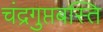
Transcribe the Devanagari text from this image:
चंद्रगुप्तबस्ति